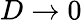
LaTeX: D\rightarrow 0